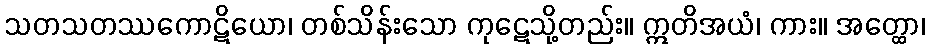
သတသတဿကောဋိယော၊ တစ်သိန်းသော ကုဋေသို့တည်း။ ဣတိအယံ၊ ကား။ အတ္ထော၊